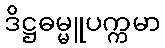
ဒိဋ္ဌဓမ္မူပက္ကမာ